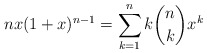
\begin{align*} nx(1+x)^{n-1} = \sum_{k=1}^n k\binom{n}{k}x^k\end{align*}